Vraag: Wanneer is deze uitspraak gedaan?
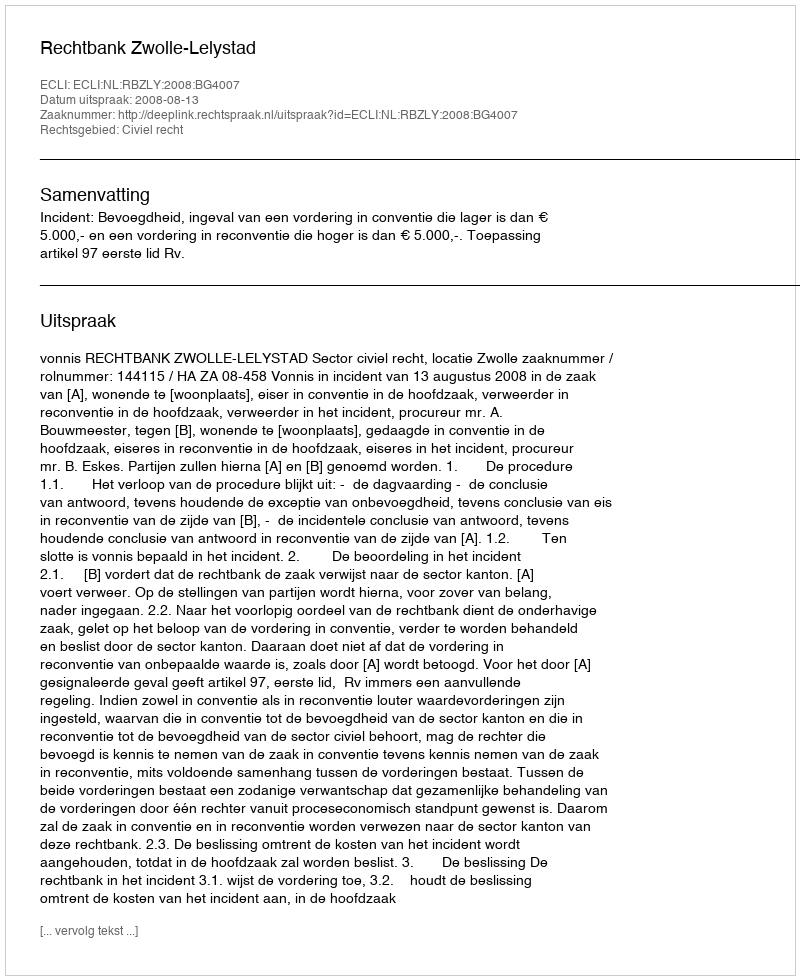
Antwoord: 2008-08-13